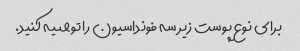
برای نوع پوست زیر سه فونداسیون را توصیه کنید.